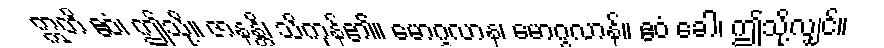
ဣတိ ဧဝံ၊ ဤသို့။ ဇာနန္တိ၊ သိကုန်၏။ မောဂ္ဂလာန၊ မောဂ္ဂလာန်။ ဧဝံ ခေါ၊ ဤသို့လျှင်။